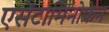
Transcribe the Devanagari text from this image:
एसेंटामिनोफेन